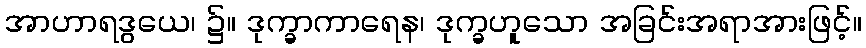
အာဟာရဒွယေ၊ ၌။ ဒုက္ခာကာရေန၊ ဒုက္ခဟူသော အခြင်းအရာအားဖြင့်။